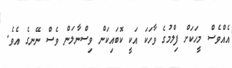
އެއްވެސް މީހަކަށް ފިލްމުގެ ވާހަކަ އަކީ ކޮބައިކަން ވިސްނާލަން ވެސް ނޭނގެ އެވެ.